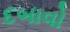
દબાવો